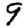
Digit: 9